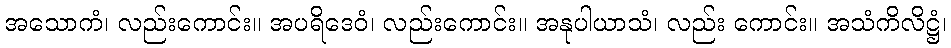
အသောကံ၊ လည်းကောင်း။ အပရိဒေဝံ၊ လည်းကောင်း။ အနုပါယာသံ၊ လည်း ကောင်း။ အသံကိလိဋ္ဌံ၊